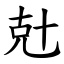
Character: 兙